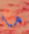
ما